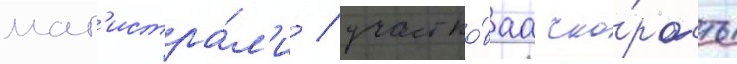
маг'истра́л'и / участко́ваа ско́рость